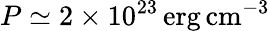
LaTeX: P\simeq 2\times 10^{23}\, \mathrm{erg}\, \mathrm{cm}^{-3}